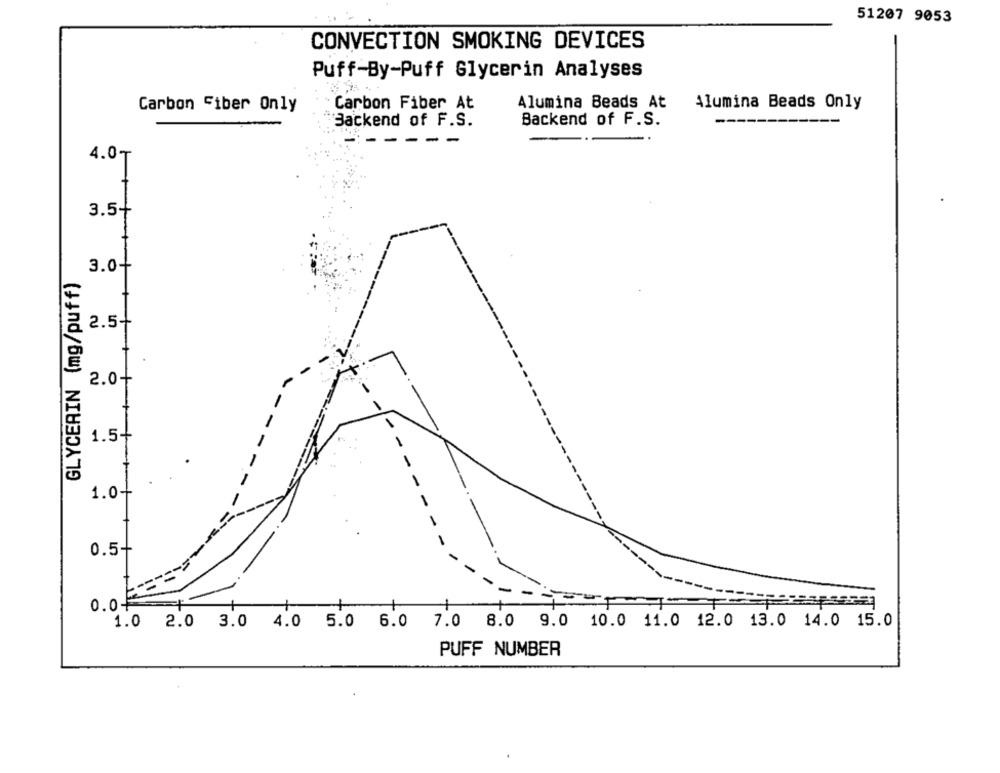
51207 9053
CONVECTION SMOKING DEVICES
Puff-By-Puff Glycerin Analyses
Carbon Fiber Only
Carbon Fiber At
Alumina Beads At
Alumina Beads Only
Backend of F.S.
Backend of F.S.
--
--
4.07
3.5-
3.0+
GLYCERIN (mg/puff)
2.5-
2.0+
1.5-
1.0+
0.5+
0.0
1.0 2.0 3.0 4.0 5.0 6.0 7.0 8.0 9.0 10.0 11.0 12.0 13.0 14.0 15.0
PUFF NUMBER